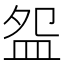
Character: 盌